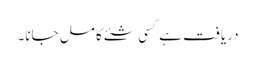
دریافت ہے کسی شئے کا مل جانا۔